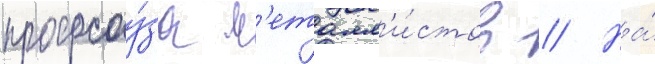
профсоу́за м'еталл'и́стов // На́